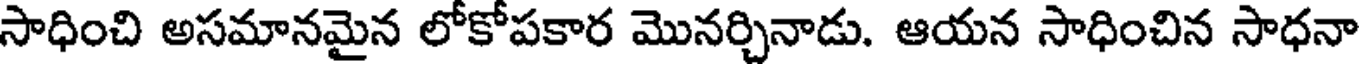
సాధించి అసమానమైన లోకోపకార మొనర్చినాడు. ఆయన సాధించిన సాధనా